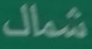
شمال